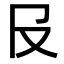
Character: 𠬝